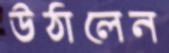
উঠালেন